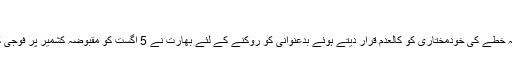
”
نئی دہلی نے متنازعہ خطے کی خودمختاری کو کالعدم قرار دیتے ہوئے بدعنوانی کو روکنے کے لئے بھارت نے 5 اگست کو مقبوضہ کشمیر پر فوجی کلیمپاؤنڈ نافذ کیا تھا۔